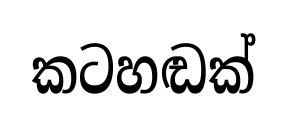
කටහඬක්